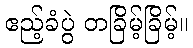
ဧည့်ခံပွဲ တခြိမ့်ခြိမ့်။